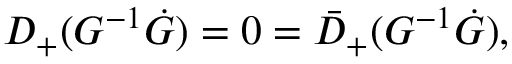
D _ { + } ( G ^ { - 1 } \dot { G } ) = 0 = \bar { D } _ { + } ( G ^ { - 1 } \dot { G } ) ,